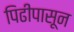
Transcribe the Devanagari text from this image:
पिढीपासून